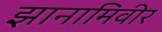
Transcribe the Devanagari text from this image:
झानामिवीर